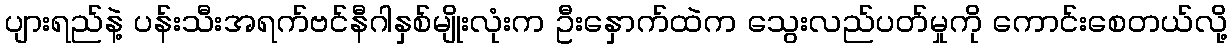
ပျားရည်နဲ့ ပန်းသီးအရက်ဗင်နီဂါနှစ်မျိုးလုံးက ဦးနှောက်ထဲက သွေးလည်ပတ်မှုကို ကောင်းစေတယ်လို့